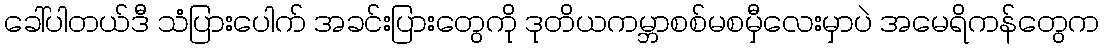
ခေါ်ပါတယ်ဒီ သံပြားပေါက် အခင်းပြားတွေကို ဒုတိယကမ္ဘာစစ်မစမှီလေးမှာပဲ အမေရိကန်တွေက